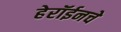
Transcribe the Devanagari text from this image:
हेरॉईनचे